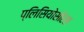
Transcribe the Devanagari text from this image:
प्लिसियोसॉरस